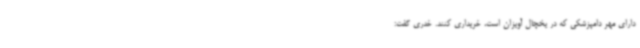
دارای مهر دامپزشکی که در یخچال آویزان است، خریداری کنند. خدری گفت: